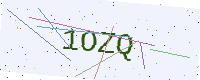
Text: 1OZQ